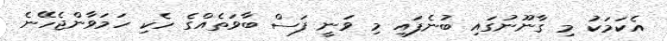
އެކަމަކު މި ގާނޫނުގައި ބުނެފައި މި ވަނީ ފަސް ބާވަތެއްގެ ހެކި ހަމަވާންޖެހޭނެ